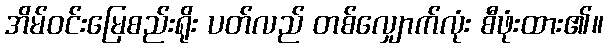
အိမ်ဝင်းမြေစည်းရိုး ပတ်လည် တစ်လျှောက်လုံး စီဖုံးထား၏။